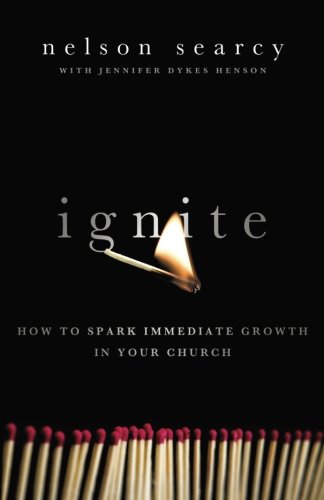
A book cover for Ignite: How to Spark Immediate Growth in Your Church; Nelson Searcy; Christian Books & Bibles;